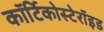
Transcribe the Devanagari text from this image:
कॉर्टिकोस्टेरॉइड